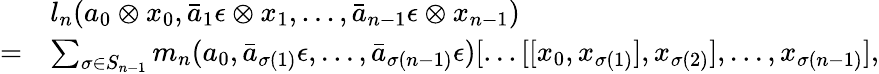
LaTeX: \begin{array}{rl}&{l_{n}(a_{0}\otimes x_{0},\bar{a}_{1}\epsilon\otimes x_{1},...,\bar{a}_{n-1}\epsilon\otimes x_{n-1})}\\ {=}&{\sum_{\sigma\in S_{n-1}}m_{n}(a_{0},\bar{a}_{\sigma(1)}\epsilon,...,\bar{a}_{\sigma(n-1)}\epsilon)[...[[x_{0},x_{\sigma(1)}],x_{\sigma(2)}],...,x_{\sigma(n-1)}],}\end{array}